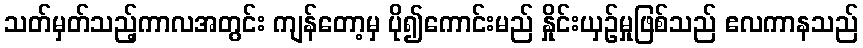
သတ်မှတ်သည့်ကာလအတွင်း ကျန်တော့မှ ပို၍ကောင်းမည် နှိုင်းယှဉ်မှုဖြစ်သည် ဧလကာနသည်